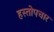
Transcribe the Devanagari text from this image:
हस्तोपचार